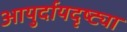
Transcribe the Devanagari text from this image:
आयुर्दायदृष्ट्या